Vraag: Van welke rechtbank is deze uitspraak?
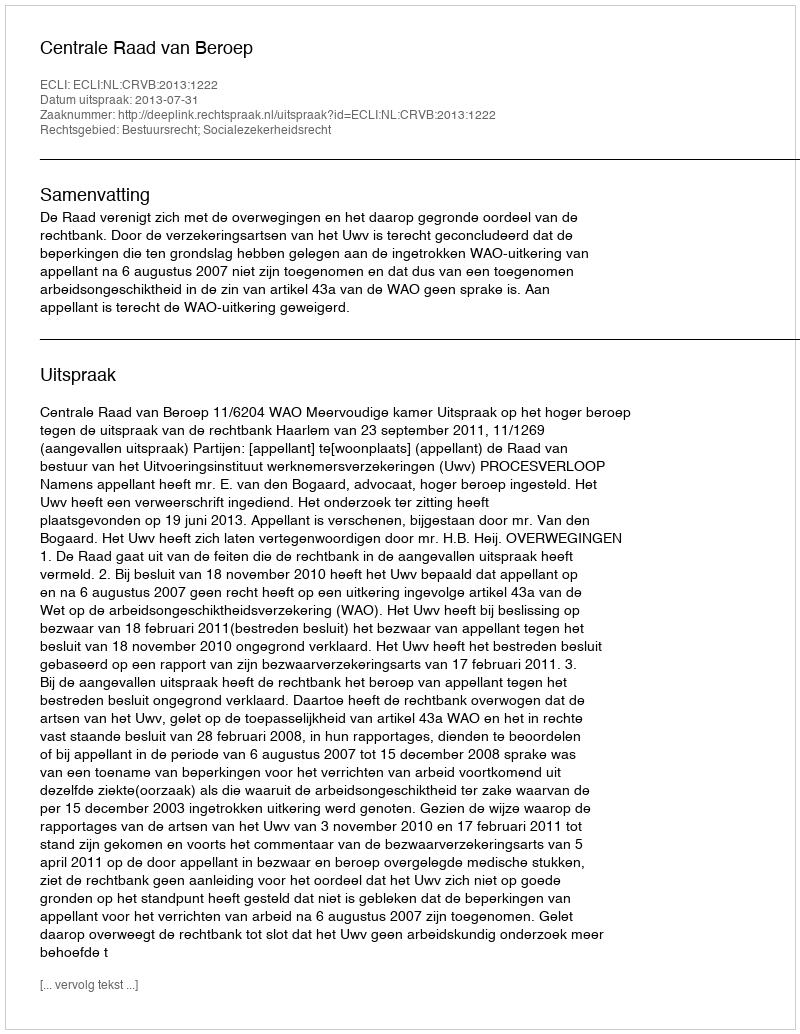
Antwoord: Centrale Raad van Beroep